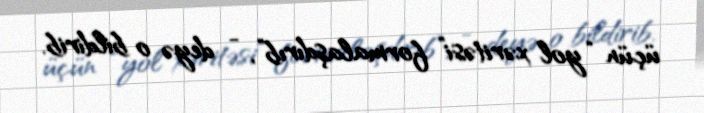
üçün “yol xəritəsi” formalaşdırıb”, - deyə o bildirib.